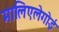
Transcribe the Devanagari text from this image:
मालिएलेगोई